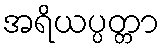
အရိယပ္ပတ္တာ